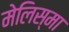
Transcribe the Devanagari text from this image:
मेलिस्मा